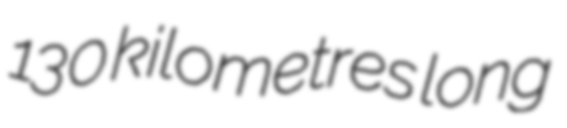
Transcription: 130 kilometres long